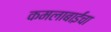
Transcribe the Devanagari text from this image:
कमलाबाईंचा